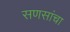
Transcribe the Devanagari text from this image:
सणसांचा